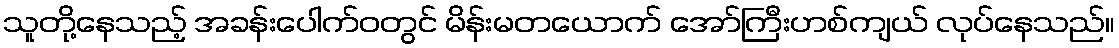
သူတို့နေသည့် အခန်းပေါက်ဝတွင် မိန်းမတယောက် အော်ကြီးဟစ်ကျယ် လုပ်နေသည်။